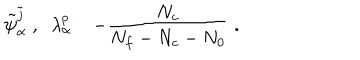
\tilde { \psi } _ { \alpha } ^ { \tilde { j } } \; , \; \; \lambda _ { \alpha } ^ { p } : \; - \frac { N _ { c } } { N _ { f } - N _ { c } - N _ { 0 } } \; .